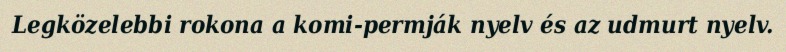
Legközelebbi rokona a komi-permják nyelv és az udmurt nyelv.